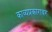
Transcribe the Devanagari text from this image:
काव्यप्रकारावर